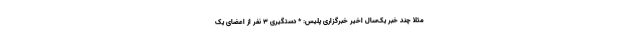
مثلا چند خبر یک‌سال اخیر خبرگزاری پلیس: * دستگیری ۳ نفر از اعضای یک